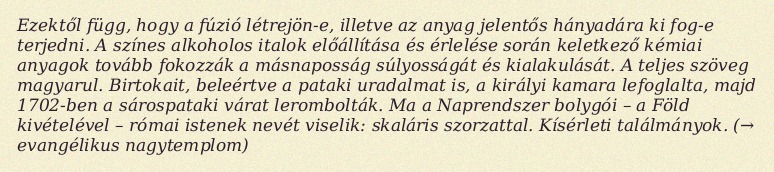
Ezektől függ, hogy a fúzió létrejön-e, illetve az anyag jelentős hányadára ki fog-e terjedni. A színes alkoholos italok előállítása és érlelése során keletkező kémiai anyagok tovább fokozzák a másnaposság súlyosságát és kialakulását. A teljes szöveg magyarul. Birtokait, beleértve a pataki uradalmat is, a királyi kamara lefoglalta, majd 1702-ben a sárospataki várat lerombolták. Ma a Naprendszer bolygói – a Föld kivételével – római istenek nevét viselik: skaláris szorzattal. Kísérleti találmányok. (→ evangélikus nagytemplom)